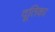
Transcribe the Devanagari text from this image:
दूतिका